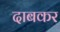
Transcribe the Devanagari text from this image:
दाबकर